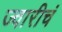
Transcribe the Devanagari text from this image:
ज्वारीचं